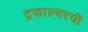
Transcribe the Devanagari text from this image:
ट्रफाल्गरची